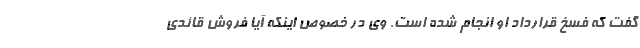
گفت که فسخ قرارداد او انجام شده است. وی در خصوص اینکه آیا فروش قائدی